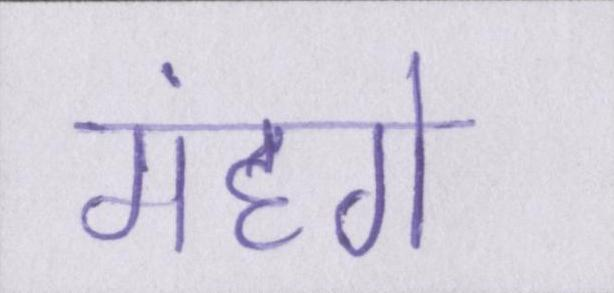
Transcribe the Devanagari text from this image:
मंहगे